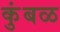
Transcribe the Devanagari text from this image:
कुंबळ